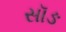
સૉઙ